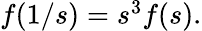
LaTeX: \begin{array}{r}{f(1/s)=s^{3}f(s).}\end{array}